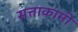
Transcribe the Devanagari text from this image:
सत्ताकामी